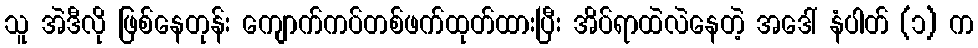
သူ အဲဒီလို ဖြစ်နေတုန်း ကျောက်ကပ်တစ်ဖက်ထုတ်ထားပြီး အိပ်ရာထဲလဲနေတဲ့ အဒေါ် နံပါတ် (၁) က